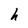
Character: h